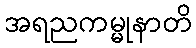
အရညကမ္မုနာတိ